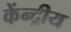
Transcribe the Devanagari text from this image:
केंन्‍द्रीय